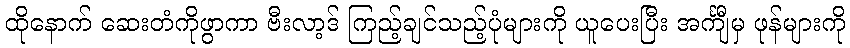
ထိုနောက် ဆေးတံကိုဖွာကာ ဗီးလာ့ဒ် ကြည့်ချင်သည့်ပုံများကို ယူပေးပြီး အင်္ကျီမှ ဖုန်များကို